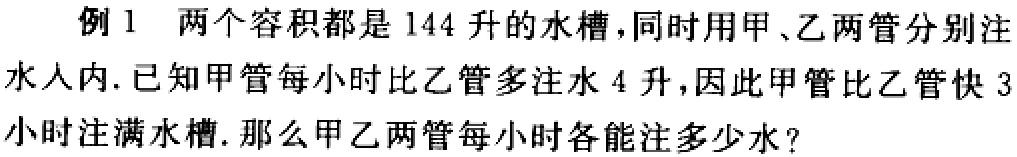
例1 两个容积都是144升的水槽，同时用甲、乙两管分别注水入内. 已知甲管每小时比乙管多注水4升，因此甲管比乙管快3小时注满水槽. 那么甲乙两管每小时各能注多少水？